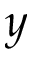
y